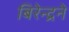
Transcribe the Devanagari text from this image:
बिरेन्द्रने